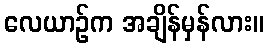
လေယာဉ်က အချိန်မှန်လား။